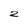
Character: 2